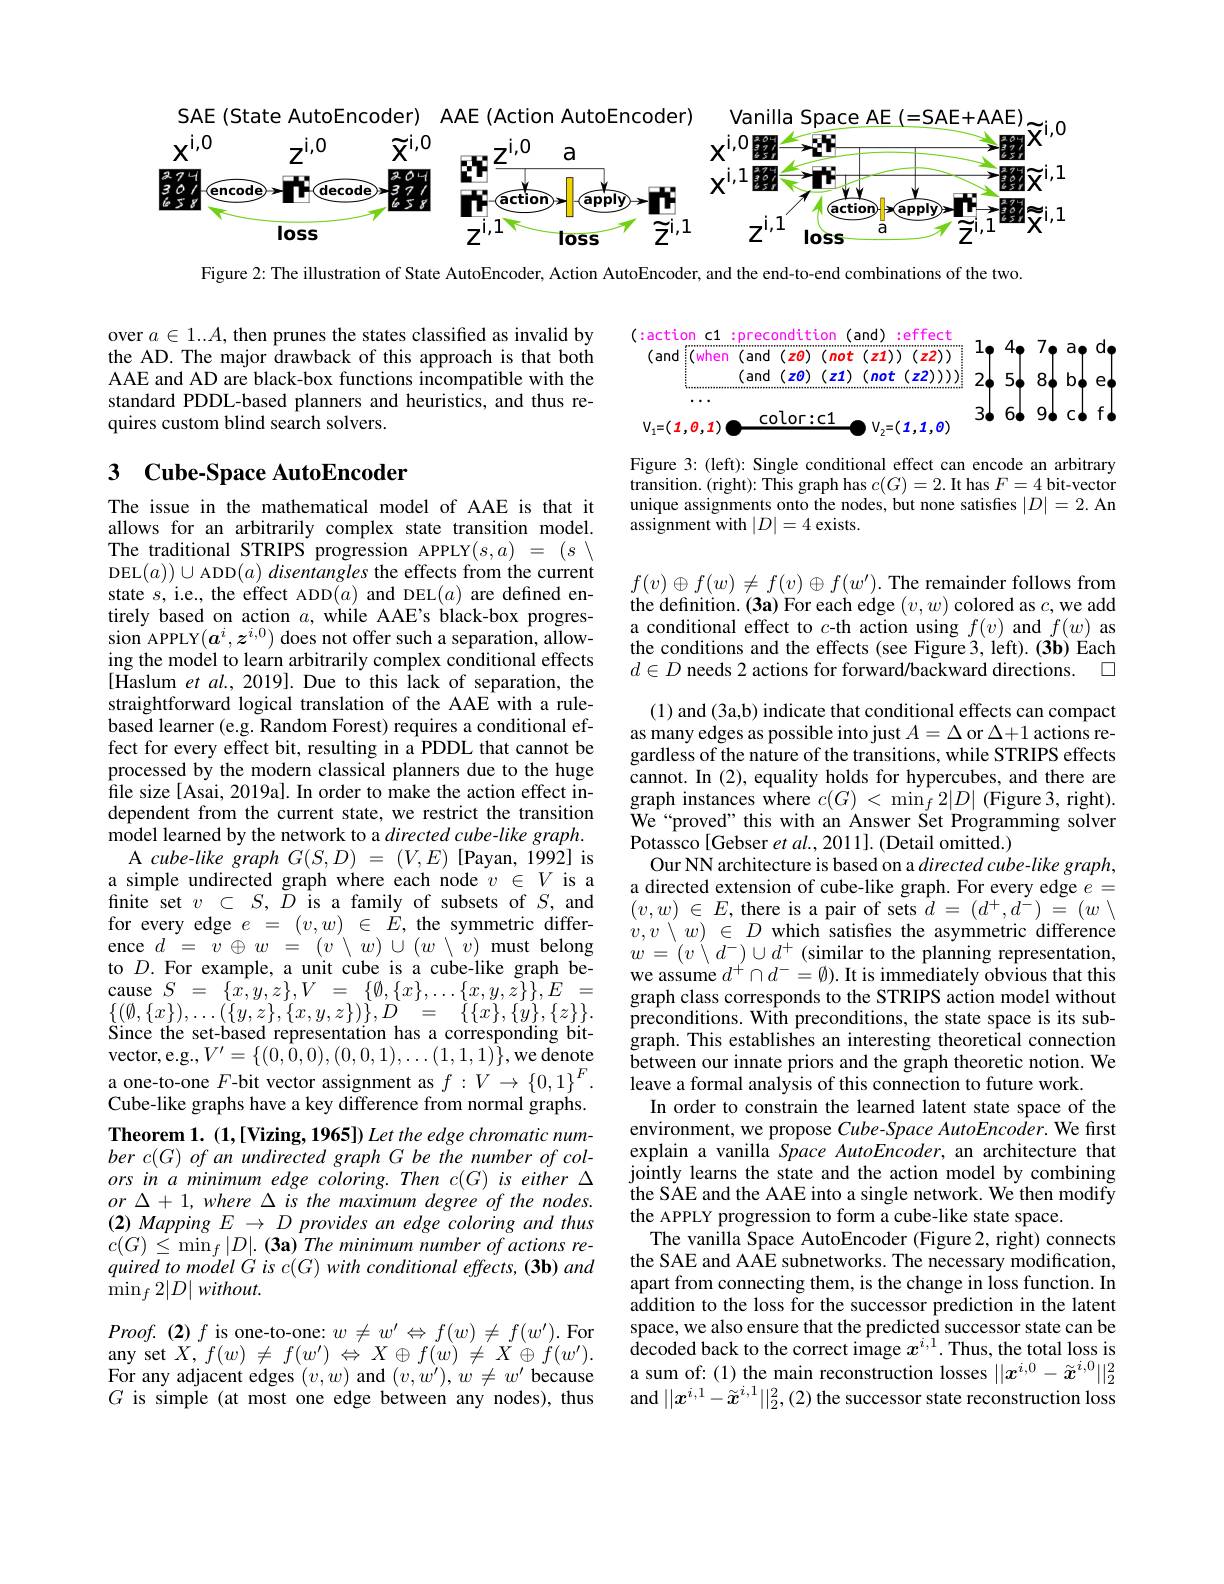
SAE (State AutoEncoder) AAE (Action AutoEncoder)
Vanilla
<FigureHere>

Figure 2: The illustration of State AutoEncoder, Action AutoEncoder, and the end-to-end combinations of the two.

over $a\in1...A$, then prunes the states classified as invalid by the AD. The major drawback of this approach is that both AAE and AD are black-box functions incompatible with the standard PDDL-based planners and heuristics, and thus requires custom blind search solvers.

(:action c1 :precondition (and) :effect
(and(when(and$(z0)(not(z1))(z2))$
(and $(z0)(z1)(not(z2))))$ 24 54 84 b4 ed
$\cdots$
3666 96 c6 f6
$\underbrace{{\mathrm{color:c1}}}_{0}\sim V_{2}=(1,1,0)$
$V_{1}=(1,0,1)\bullet$

## 3 $\textbf{Cube- Space AutoEncoder}$

Figure 3: (left): Single conditional effect can encode an arbitrary transition. (right): This graph has $c(G)=2.$ It has $F=4$ bit-vector unique assignments onto the nodes, but none satisfies $|D|=2.$ An $\dot{\text{assignment with}}|D|=4$ exists.

$f(v)\oplus f(w)\neq f(v)\oplus f(w^{\prime}).$The remainder follows from the definition. (3a) For each edge $(v,w)$ colored as $c$,we add a conditional effect to $c$-th action using $f(v)$ and $f(w)$ as the conditions and the effects (see Figure3, left). (3b) Each $d\in D$ needs 2 actions for forward/backward directions. $\square$

The issue in the mathematical model of AAE is that it allows for an arbitrarily complex state transition model. The traditional STRIPS progression APPLY$(s,a)~=~(s~\setminus$ DEL$(a))\cup$ADD$( a) \textit{disentangles the effects from the current}$ state $s$, i.e., the effect ADD$(a)$ and DEL$(a)$ are defined entirely based on action $a$, while AAE's black-box progression APPLY$(\boldsymbol a^i,\boldsymbol z^{i,0})$ does not offer such a separation, allowing the model to learn arbitrarily complex conditional effects [Haslum et al., 2019]. Due to this lack of separation, the straightforward logical translation of the AAE with a rulebased learner (e.g. Random Forest) requires a conditional effect for every effect bit, resulting in a PDDL that cannot be processed by the modern classical planners due to the huge file size[Asai, 2019a]. In order to make the action effect independent from the current state, we restrict the transition model learned by the network to a directed cube-like graph. A $cube-like$ graph $G(S,D)=(V,E)$ [Payan, 1992] is a simple undirected graph where each node $v\in V$ is a finite set $v\subset S,D$ is a family of subsets of $S$, and fnite set $v\subset S, D$ is a tamı ly ot subsets ot S, and$( v, w) \in E$,there is a pair of sets $d= ( d^+ , d^- ) = ( w\setminus$for every edge $e= ( v, w) \in E$,the symmetric differ- $v, v\setminus w) \in D$ which satisfies the asymmetric differenceence $d= v\oplus w= ( v\setminus w) \cup ( w\setminus v)$ must belong$w= ( v\setminus$
to $D.$ For example, a unit cube is a cube-like graph be- $\begin{array}{rcl}{\mathrm{cause~}S~=~\{x,y,z\},V~=~\{\emptyset,\{x\},\ldots\{x,y,z\}\},E~=}\\{\{(\emptyset,\{x\})\ldots(\{u,z\},\{x,u,z\})\}.D~=~\{\{x\},\{u\},\{z\}\}.}\end{array}$ $\begin{array}{ll}{\{(\emptyset,\{x\}),\ldots(\{y,z\},\{x,y,z\})\},D}&{=}&{\{\{x\},\{y\},\{z\}\}.}\\{\mathrm{Since~the~set-based~representation~has~a~corresponding~bit-}}\end{array}$ vector, e. g, $V^{\prime }= \{ ( 0, \hat{0} , 0) , ( 0, 0, 1) , \ldots ( 1, 1, 1) \} $,we denoteguph. 11113 cinontssu. mind theoretic notion. We a one- to- one $F$- bit vector assignment as $f: V\to \{ 0, 1\} ^F.$leave a formal analysis of this connection to future work. G ilil
Cube-like graphs have a key difference from normal graphs. Theorem 1. (1,[Vizing, 1965]) Let the edge chromatic num- $berc( G) \textit{of an undirected graph G be the number of col- }$ $orsinaminimumedgecoloring.Thenc(G)iseither\Delta$ $or\Delta+1,where\Delta isthemaximumdegreeofthenodes.$ $( 2) \textit{ Mapping E }\to D\textit{ provides an edge coloring and thus}$ $c( G) \leq \operatorname* { min} _{f}| D| . \textbf{( 3a) The minimum number of actions re- }$ $quired~to~model~G~is~c(G)~with~conditional~effects,~(3b)~and$ $\operatorname* { min} _f2| D| \textit{without. }$
$Proof.(2)f$ is one-to-one: $w\neq w^\prime\Leftrightarrow f(w)\neq f(w^{\prime}).$ For $\operatorname { \text{any set}} X, f( w)$ $\neq$ $f( w^{\prime })$ $\Leftrightarrow$ $X\oplus$ $f( w)$ $\neq$ $X\oplus$ $f( w^{\prime }) .$

(1) and (3a,b) indicate that conditional effects can compact as many edges as possible into just $A=\Delta$ or $\Delta+1$ actions regardless of the nature of the transitions, while STRIPS effects cannot. In (2), equality holds for hypercubes, and there are graph instances where $c(G)<\min_f2|D|$ (Figure 3, right). We“proved” this with an Answer Set Programming solver Potassco [Gebser et al., 2011]. (Detail omitted.)
Our NN architecture is based on a directed cube-like graph, a directed extension of cube-like graph. For every edge $e=$ we assume $d^+\cap d^-=\emptyset).$ It is immediately obvious that this graph class corresponds to the STRIPS action model without preconditions. With preconditions, the state space is its subgraph. This establishes an interesting theoretical connection
In order to constrain the learned latent state space of the environment, we propose Cube- Space AutoEncoder. We first explain a vanilla Space AutoEncoder, an architecture that jointly learns the state and the action model by combining the SAE and the AAE into a single network. We then modify the APPLY progression to form a cube-like state space.
The vanilla Space AutoEncoder (Figure 2, right) connects the SAE and AAE subnetworks. The necessary modification, apart from connecting them, is the change in loss function. In addition to the loss for the successor prediction in the latent space, we also ensure that the predicted successor state can be decoded back to the correct image $x^{i,1}.$ Thus, the total loss is $\begin{array}{l}\mathrm{a~sum~of:~(1)~the~main~reconstruction~losses~||x^{i,0}-\tilde{x}^{i,0}||_{2}^{2}}\\\mathrm{and~||x^{i,1}-\tilde{x}^{i,1}||_{2}^{2},(2)~the~successor~state~reconstruction~loss}\end{array}$

For any adjacent edges $(v,w)$ and $(v,w^{\prime}),w\neq w^{\prime}$ because $G$ is simple (at most one edge between any nodes), thus